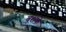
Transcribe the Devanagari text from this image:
बुशके